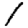
Digit: 1